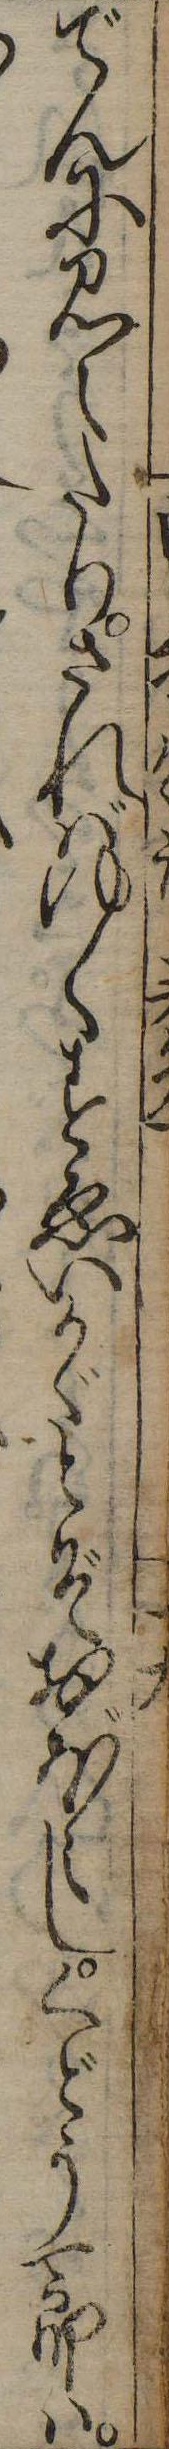
でんに見えたりさればゆくすゑいかゞとぞおほえしくどう一郎は